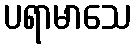
ပရာမာသေ